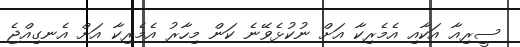
ސީރިއާ އަކާއި އެމެރިކާ އަށް ނުކުޅެވޭނެ ކަން މިހާރު އެމެރިކާ އަށް އެނގިއްޖެ